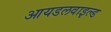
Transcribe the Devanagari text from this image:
आयडलवाइल्ड